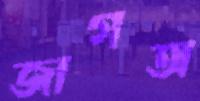
জাগঅ